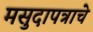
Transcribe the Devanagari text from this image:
मसुदापत्राचे